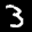
Label: 3